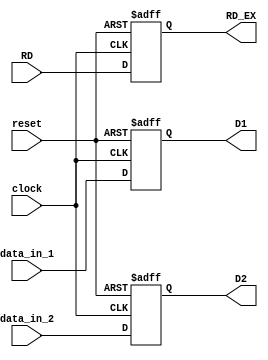
// Connor Noddin
// ECE 473
// ID_EX Block
// 10/07/2023

module ID_EX(
	input wire clock,
	input wire reset,
	input wire [31:0] data_in_1,
	input wire [31:0] data_in_2,
	input wire [4:0] RD,
	output reg [31:0] D1,
	output reg [31:0] D2,
	output reg [4:0] RD_EX);
	
	// Write data on positive edge or reset
	always @(posedge clock or posedge reset) begin
		if(reset == 1'b1) begin
			D1 <= 32'd0;
			D2 <= 32'd0;
			RD_EX <= 5'd0;
		end else begin
			D1 <= data_in_1;
			D2 <= data_in_2;
			RD_EX <= RD;
		end
	end
	
endmodule